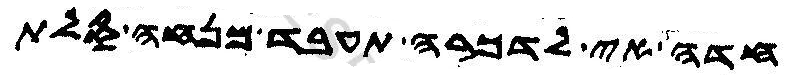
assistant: חדה אי לדכרה תעבד מנחה סלת